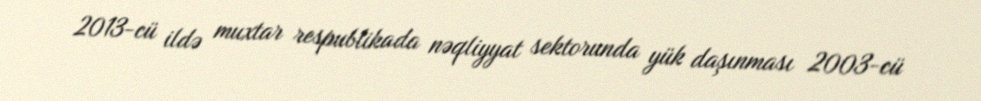
2013-cü ildə muxtar respublikada nəqliyyat sektorunda yük daşınması 2003-cü